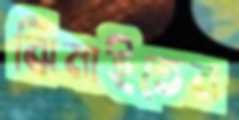
ঝিমাইতেন